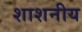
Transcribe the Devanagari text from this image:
शाशनीय